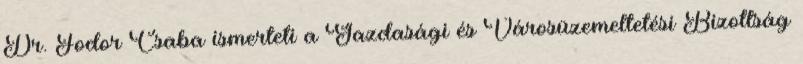
Dr. Fodor Csaba ismerteti a Gazdasági és Városüzemeltetési Bizottság